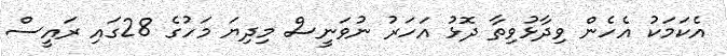
އެކަމަކު އެހެން ވިދާޅުވިތާ ދޮޅު އަހަރު ނުވަނީސް މިދިޔަ މަހުގެ 28ގައި ރައީސް